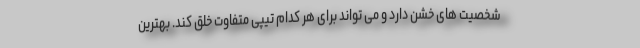
شخصیت های خشن دارد و می تواند برای هر کدام تیپی متفاوت خلق کند. بهترین